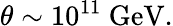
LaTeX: \theta\sim 10^{11}{\mathrm{~GeV}}.